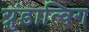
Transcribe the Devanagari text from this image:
ग्रुंडात्विग